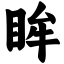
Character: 眸